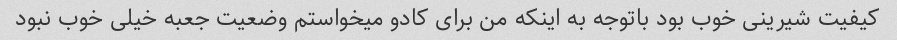
کیفیت شیرینی خوب بود باتوجه به اینکه من برای کادو میخواستم وضعیت جعبه خیلی خوب نبود